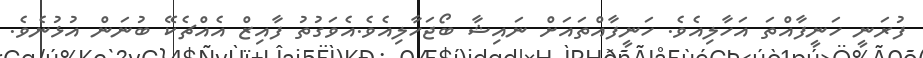
ފުރަނީ ހަނީފާއްތަ އަހާލިއެވެ. ހަނީފާއްތައަށް ނައިޝާ ބޯޖަހާލިއެވެ.އެވަގުތު ފާއިޒް އެއްޗެކޭ ބުނަން އުޅުނެވެ.